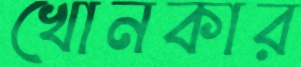
খোনকার